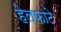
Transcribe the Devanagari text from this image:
हेलफाटे